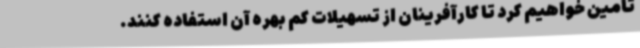
تامین خواهیم کرد تا کارآفرینان از تسهیلات کم بهره آن استفاده کنند.